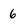
Character: 6